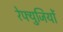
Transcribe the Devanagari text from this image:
रेफ्युजियों